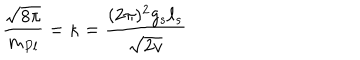
{ \frac { \sqrt { 8 \pi } } { m _ { P l } } } = \kappa = { \frac { ( 2 \pi ) ^ { 2 } g _ { s } \ell _ { s } } { \sqrt { 2 v } } }